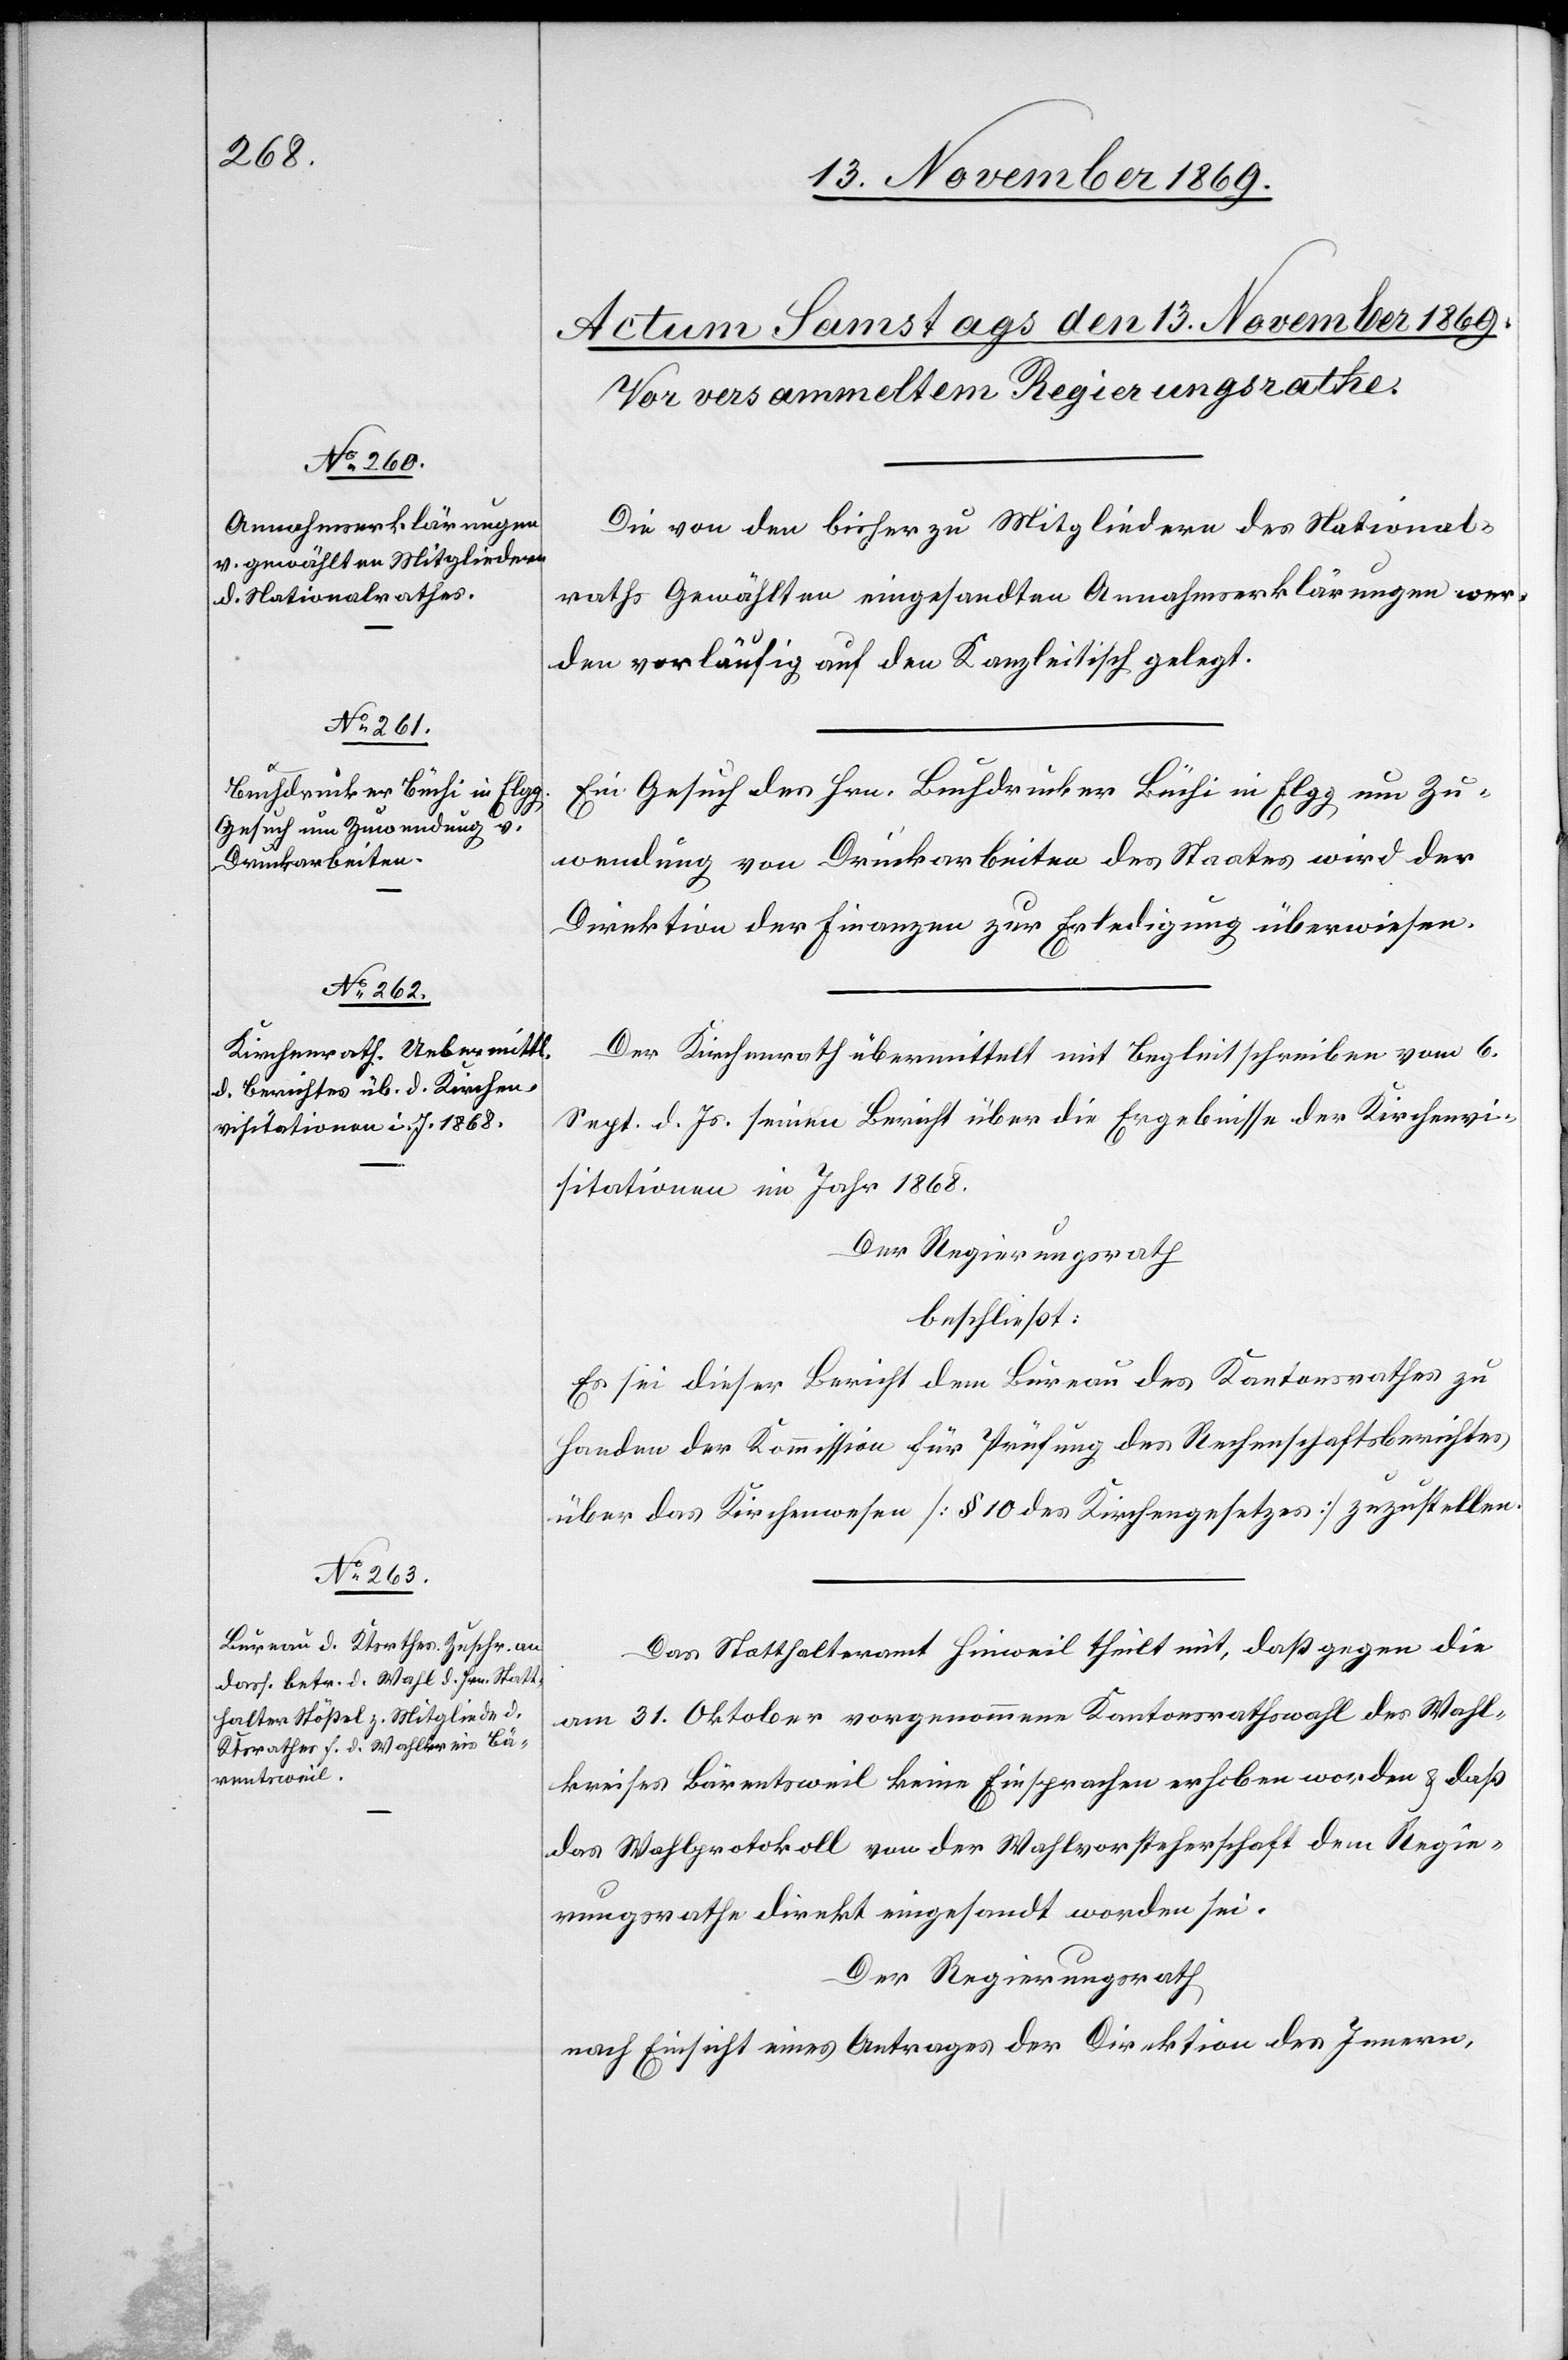
Die von den bisher zu Mitgliedern des National¬
raths Gewählten eingesandten Annahmserklärungen wer¬
den vorläufig auf den Kanzleitisch gelegt.
Ein Gesuch des Hrn. Buchdrucker Büchi in Elgg um Zu¬
wendung von Druckarbeiten des Staates wird der
Direktion der Finanzen zur Erledigung überwiesen.
Der Kirchenrath übermittelt mit Begleitschreiben vom 6.
Sept. d. Js. seinen Bericht über die Ergebnisse der Kirchenvi¬
sitationen im Jahr 1868.
Der Regierungsrath
beschließt:
Es sei dieser Bericht dem Bureau des Kantonsrathes zu
Handen der Kommission für Prüfung des Rechenschaftsberichtes
über das Kirchenwesen [§ 10 des Kirchengesetzes] zuzustellen.
Das Statthalteramt Hinweil theilt mit, daß gegen die
am 31. Oktober vorgenommene Kantonsrathswahl des Wahl¬
kreises Bärentsweil keine Einsprachen erhoben worden & daß
das Wahlprotokoll von der Wahlvorsteherschaft dem Regie¬
rungsrathe direkt eingesandt worden sei.
Der Regierungsrath
nach Einsicht eines Antrages der Direktion des Innern,